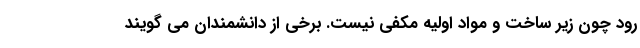
رود چون زیر ساخت و مواد اولیه مکفی نیست. برخی از دانشمندان می گویند